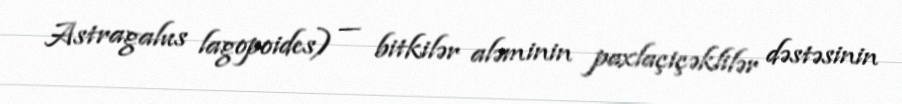
Astragalus lagopoides) — bitkilər aləminin paxlaçiçəklilər dəstəsinin